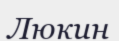
Люкин